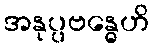
အနုပ္ပဗန္ဓေဟိ